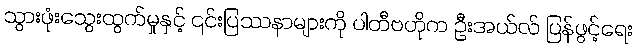
သွားဖုံးသွေးထွက်မှုနှင့် ၎င်းပြဿနာများကို ပါတီဗဟိုက ဦးအယ်လ် ပြန်ဖွင့်ရေး